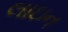
લાઇન